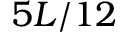
5 L / 1 2